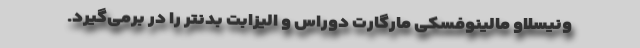
ونیسلاو مالینوفسکی مارگارت دوراس و الیزابت بدنتر را در برمی‌گیرد.